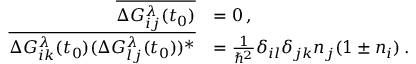
\begin{array} { r l } { \overline { { \Delta G _ { i j } ^ { \lambda } ( t _ { 0 } ) } } } & { = 0 \, , } \\ { \overline { { \Delta G _ { i k } ^ { \lambda } ( t _ { 0 } ) ( \Delta G _ { l j } ^ { \lambda } ( t _ { 0 } ) ) ^ { * } } } } & { = \frac { 1 } { \hbar ^ { 2 } } \delta _ { i l } \delta _ { j k } n _ { j } ( 1 \pm n _ { i } ) \, . } \end{array}